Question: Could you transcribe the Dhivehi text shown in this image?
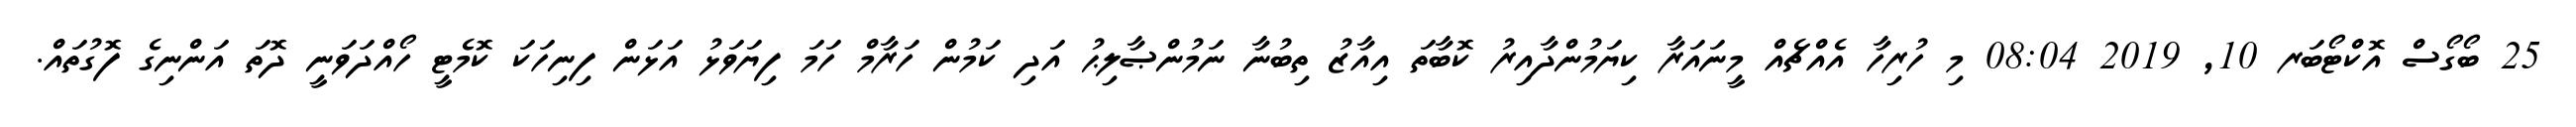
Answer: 25 ބޯގޯސް އޮކްޓޯބަރ 10, 2019 08:04 މި ހުރިހާ އެއްޗެއް މީނައަރާ ކިޔަމުންދާއިރު ކޮބާތަ އިއާޒު ތިބުނާ ނަމުންޞާލިޙު އަދި ކަމުން ހަރާމް ހަމަ ފިޔަވަޅު އަޅަން ފިނިހަކަ ކޮމެޓީ ހޯއްދަވަނީ ދޮތަ އަންނިގެ ފޮގުތައް.